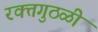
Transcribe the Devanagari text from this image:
रक्तगुठळी